65_HS1-834228961_62-HQ-83894_Section_9
Agency: FBI
Page 118
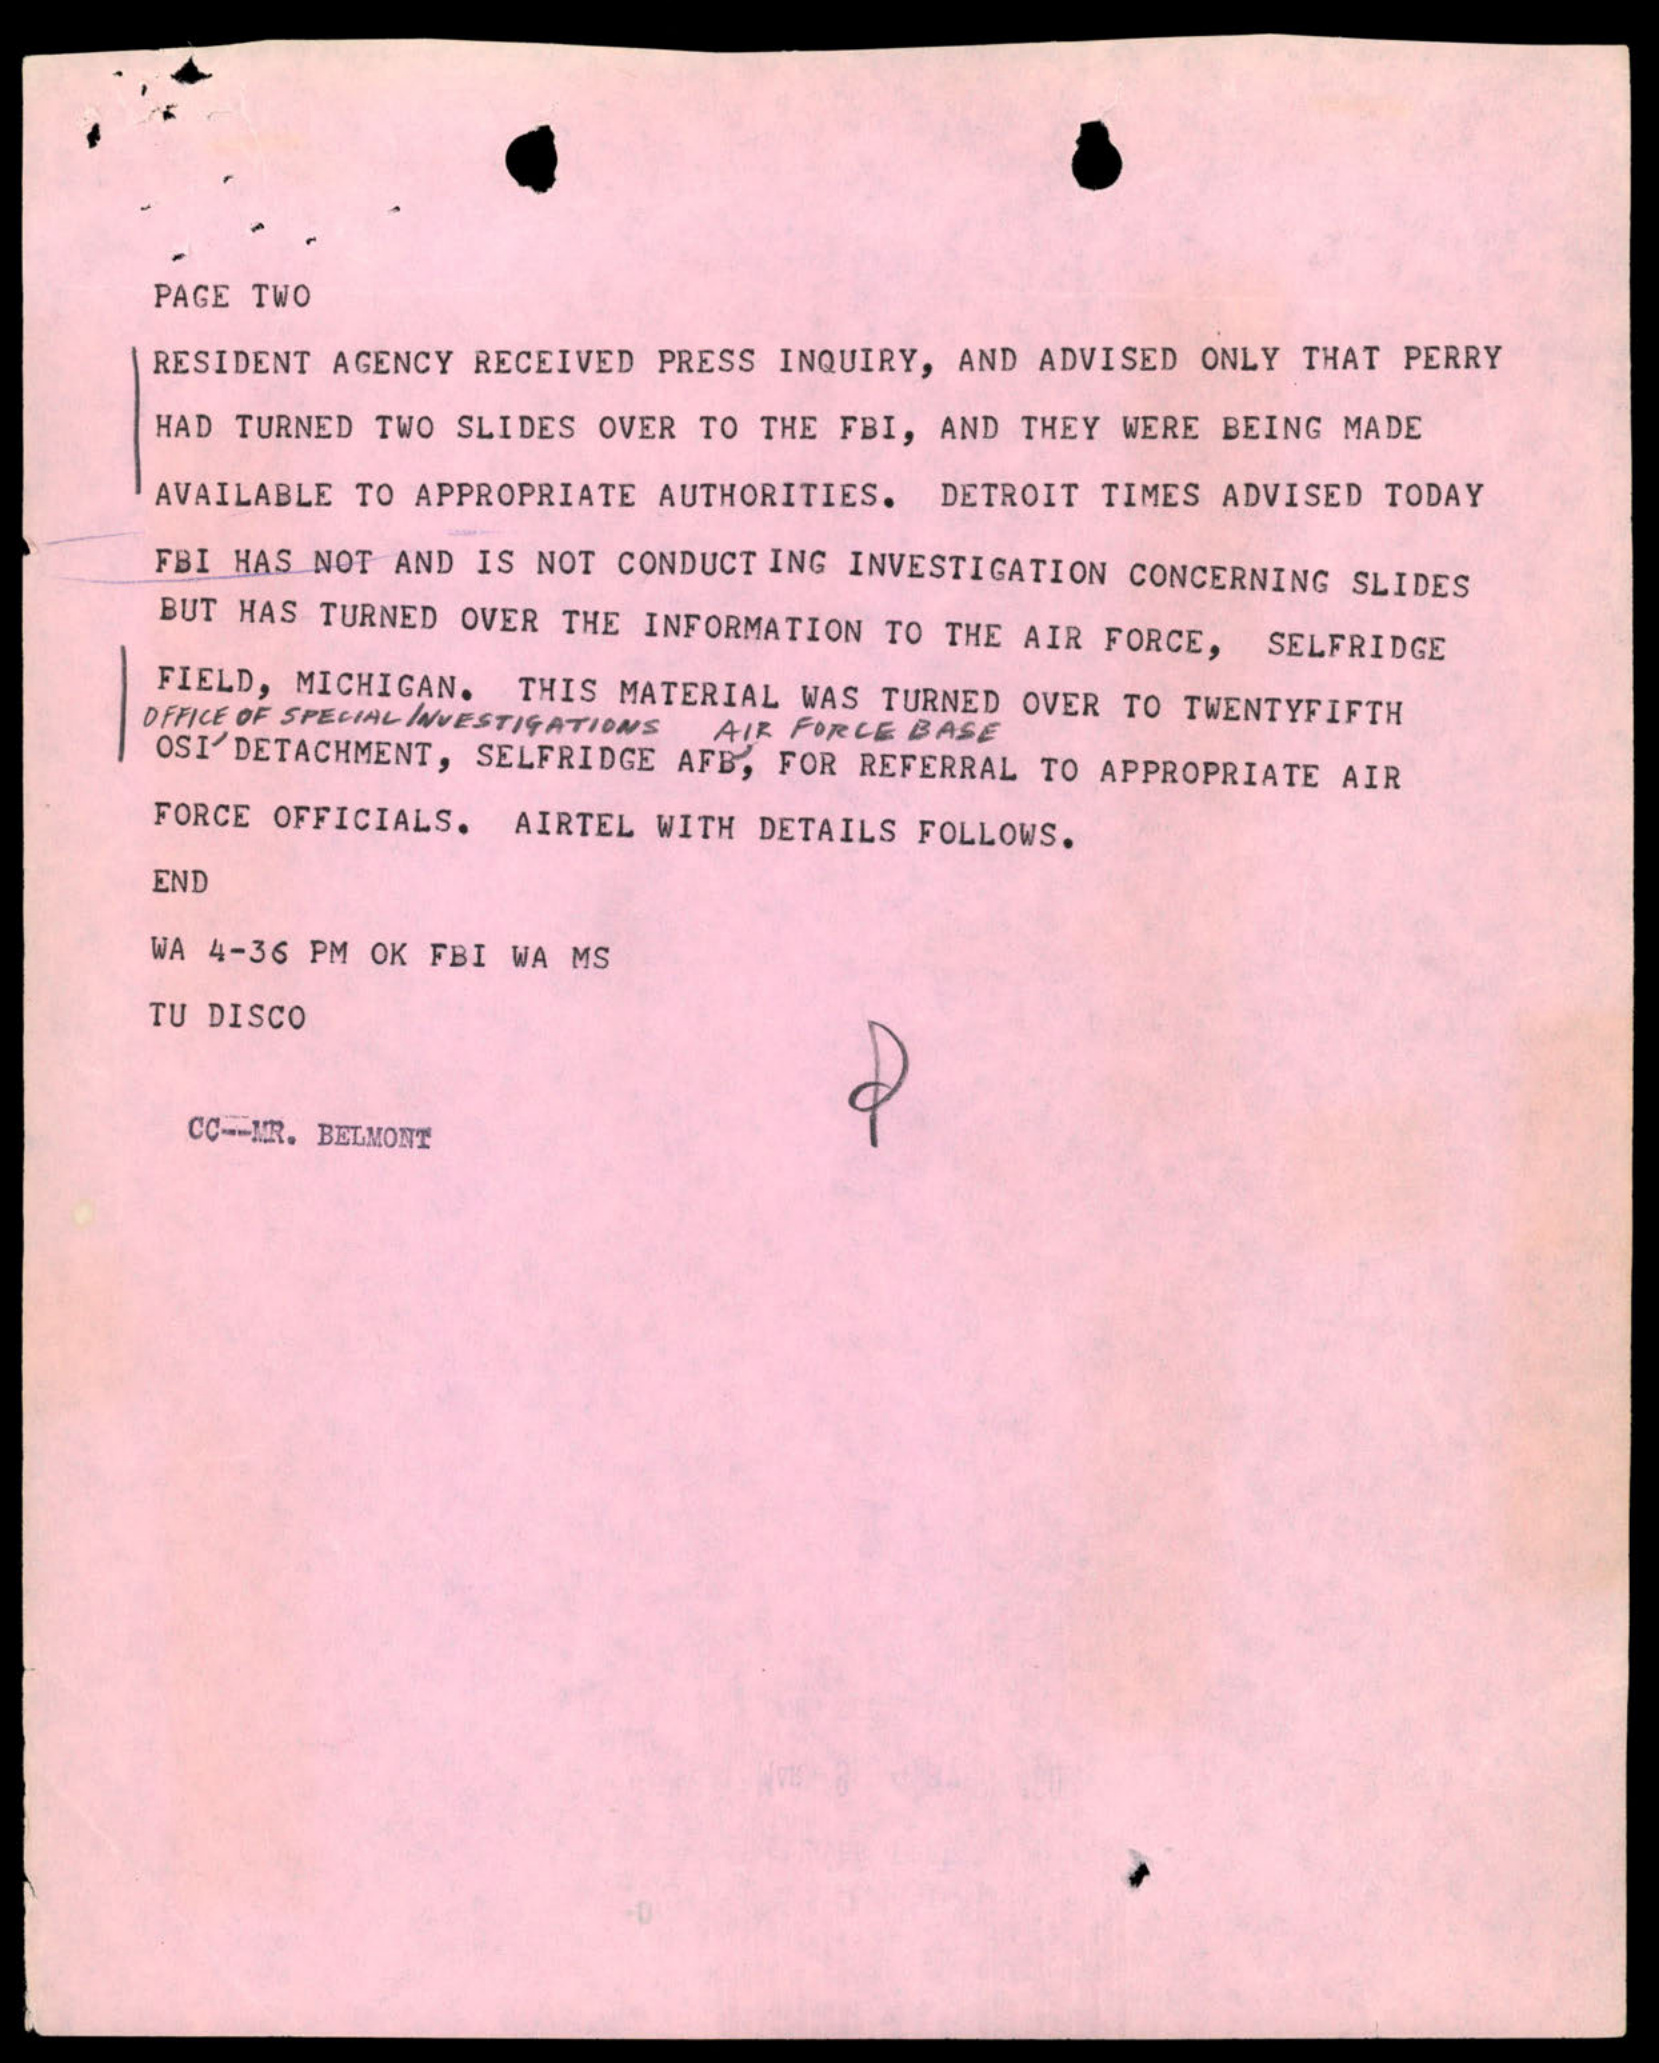